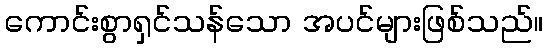
ကောင်းစွာရှင်သန်သော အပင်များဖြစ်သည်။